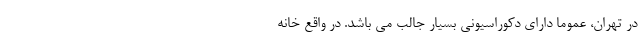
در تهران، عموما دارای دکوراسیونی بسیار جالب می باشد. در واقع خانه